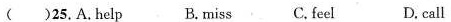
( )25.A.help B.miss C.feel D.call